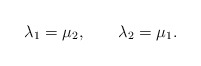
\begin{align*}\lambda_{1}=\mu_{2}, \qquad \lambda_{2}=\mu_{1}. \end{align*}